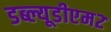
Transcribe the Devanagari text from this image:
डब्ल्यूडीएम२